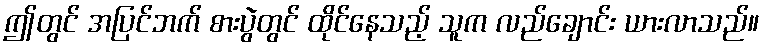
ဤတွင် အပြင်ဘက် စားပွဲတွင် ထိုင်နေသည့် သူက လည်ချောင်း ယားလာသည်။